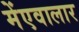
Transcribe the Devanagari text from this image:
मेंएवालार